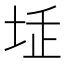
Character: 𡋨